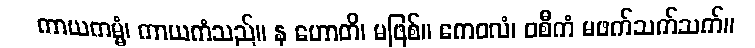
ကာယကမ္မံ၊ ကာယကံသည်။ န ဟောတိ၊ မဖြစ်။ ကေဝလံ၊ ဝစီကံ မဖက်သက်သက်။